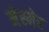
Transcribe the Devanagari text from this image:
मेस्मेर